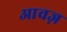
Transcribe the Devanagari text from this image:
आवज़